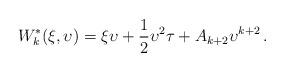
LaTeX: \begin{align*} W_k^*({\xi},{\upsilon})= {\xi} {\upsilon} +\frac{1}{2} {\upsilon}^2 {\tau}+A_{k+2}{\upsilon}^{k+2}\, .\end{align*}